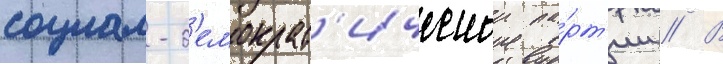
социал-д'емократ'ическои па́рт'ии // В